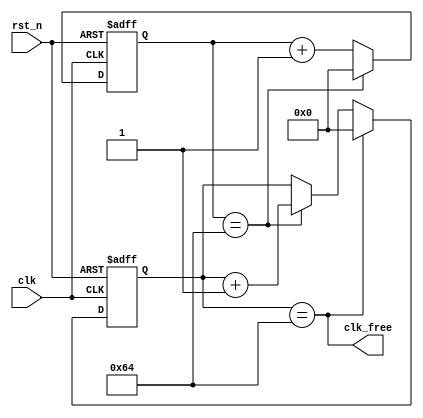
`timescale 1ns / 1ps
//////////////////////////////////////////////////////////////////////////////////
// Company: 
// Engineer: 
// 
// Design Name: 
// Module Name: clk_div
// Project Name: 
// Target Devices: 
// Tool Versions: 
// Description: 
// 
// Dependencies: 
// 
// Revision:
// Revision 0.01 - File Created
// Additional Comments:
// 
//////////////////////////////////////////////////////////////////////////////////

//new clock
module clk_div(
input clk, rst_n,
output clk_free
    );
    reg [13:0] cnt_first;
    reg [13:0] cnt_second;
    always@(posedge clk,negedge rst_n) begin
    if(!rst_n)
        cnt_first <= 14'd0;
    else if(cnt_first == 14'd100)
        cnt_first <= 14'd0;
    else
        cnt_first <= cnt_first + 1'd1;
    end
    always@(posedge clk,negedge rst_n)
    if(!rst_n)
        cnt_second <= 14'd0;
    else if(cnt_second == 14'd100)
        cnt_second <= 14'd0;
    else if(cnt_first == 14'd100)
        cnt_second <= cnt_second + 1'b1;
    else
        cnt_second <= cnt_second;
assign clk_free = cnt_second == 14'd100;
endmodule